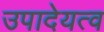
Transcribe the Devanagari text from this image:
उपादेयत्व